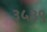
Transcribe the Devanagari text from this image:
३५३९